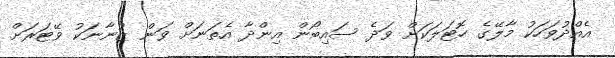
އެއްދުވަހަކު މާލޭގެ ހޮޓަލަކަށް ވަދެ ސައިބޯން އިންދާ އެތަނަށް ވަން ޒުނާނަކު ވޭޓަރަށް